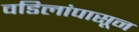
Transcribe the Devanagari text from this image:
वडिलांपासून